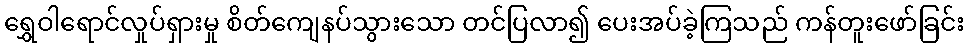
ရွှေဝါရောင်လှုပ်ရှားမှု စိတ်ကျေနပ်သွားသော တင်ပြလာ၍ ပေးအပ်ခဲ့ကြသည် ကန်တူးဖော်ခြင်း